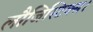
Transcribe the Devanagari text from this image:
लौजिस्टिक्स।